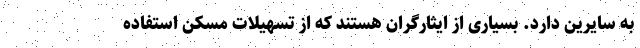
به سایرین دارد. بسیاری از ایثارگران هستند که از تسهیلات مسکن استفاده